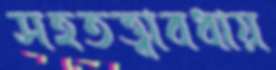
সহতত্ত্বাবধায়